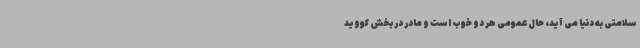
سلامتی به دنیا می آید، حال عمومی هر دو خوب است و مادر در بخش کووید